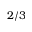
2 / 3